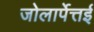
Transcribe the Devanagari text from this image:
जोलार्पेत्तई